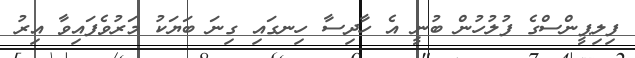
ފިލިޕީންސްގެ ފުލުހުން ބުނީ އެ ހާދިސާ ހިނގައި ގިނަ ބަޔަކު މަރުވެފައިވާ އިރު